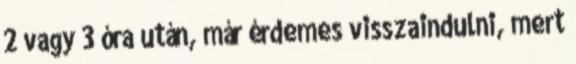
2 vagy 3 óra után, már érdemes visszaindulni, mert